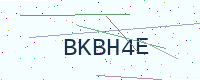
Text: BKBH4E